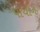
પાયોન